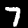
Digit: 7